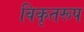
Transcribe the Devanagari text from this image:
विकृतरूप